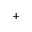
\mathrm { ^ + }